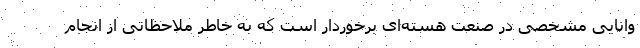
وانایی مشخصی در صنعت هسته‌ای برخوردار است که به خاطر ملاحظاتی از انجام